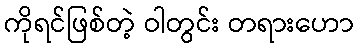
ကိုရင်ဖြစ်တဲ့ ဝါတွင်း တရားဟော